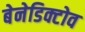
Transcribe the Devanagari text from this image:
बेनेडिक्टोव